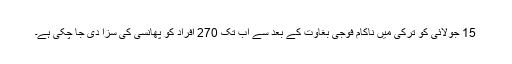
15 جولائی کو ترکی میں ناکام فوجی بغاوت کے بعد سے اب تک 270 افراد کو پھانسی کی سزا دی جا چکی ہے۔